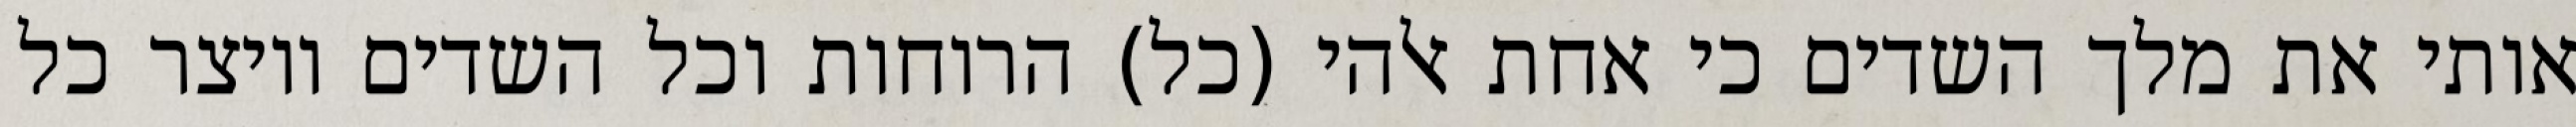
אותי את מלך השדים כי אחת אלהי (כל) הרוחות וכל השדים ויוצר כל